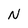
Character: N